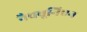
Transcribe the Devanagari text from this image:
नैवबूनिएन